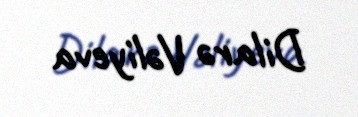
Dilarə Vəliyeva